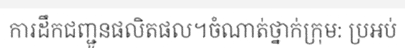
ការដឹកជញ្ជូនផលិតផល។ចំណាត់ថ្នាក់ក្រុម: ប្រអប់